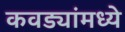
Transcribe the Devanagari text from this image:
कवड्यांमध्ये